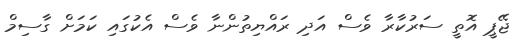
ޖޭޕީ އޮތީ ސަރުކާރާ ވެސް އަދި ރައްޔިތުންނާ ވެސް އެކުގައި ކަމަށް ގާސިމް